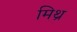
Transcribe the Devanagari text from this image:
मिथ्र